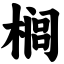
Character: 榈